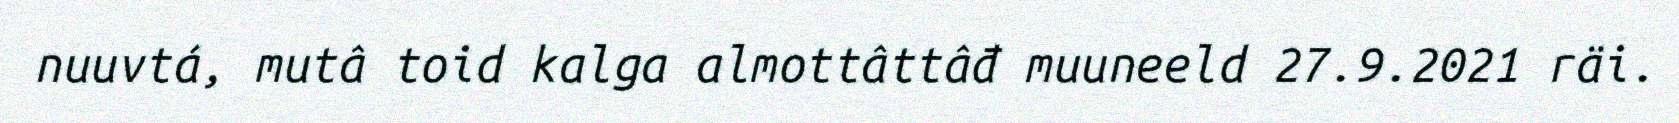
nuuvtá, mutâ toid kalga almottâttâđ muuneeld 27.9.2021 räi.